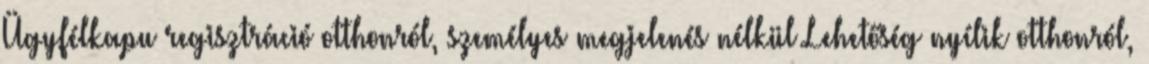
Ügyfélkapu regisztráció otthonról, személyes megjelenés nélkül Lehetőség nyílik otthonról,